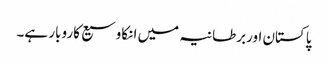
پاکستان اوربرطانیہ میں انکاوسیع کاروبار ہے۔